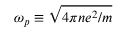
\omega _ { p } \equiv \sqrt { 4 \pi n e ^ { 2 } / m }